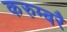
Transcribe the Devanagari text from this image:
करुम्बरै